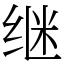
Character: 继